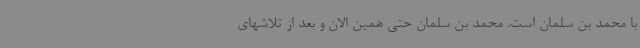
با محمد بن سلمان است. محمد بن سلمان حتی همین الان و بعد از تلاشهای